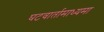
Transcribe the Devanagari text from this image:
घटवार्तामाध्यमा